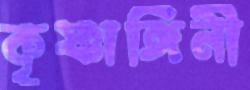
কৃষ্ণাঙ্গিনী